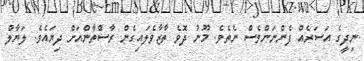
ނިދީގެ އަސަރެއް ފެންނަންވެސް ނެތެވެ. މޫނު ދޮވެ ތާޒާވެލައިގެން ރާސްތާންއަށް ދިޔައެވެ. ލަޔާލް